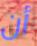
أن